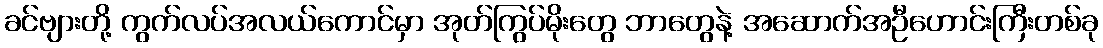
ခင်ဗျားတို့ ကွက်လပ်အလယ်ကောင်မှာ အုတ်ကြွပ်မိုးတွေ ဘာတွေနဲ့ အဆောက်အဦဟောင်းကြီးတစ်ခု